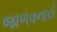
જાળવનારો